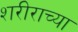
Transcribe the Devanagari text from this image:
शरीराच्या